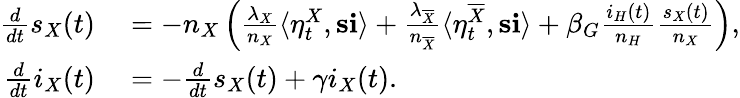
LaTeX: \begin{array}{rl}{\frac{d}{dt}s_{X}(t)}&{{}=-n_{X}\left(\frac{\lambda_{X}}{n_{X}}\langle\eta_{t}^{X},\mathbf{s}\mathbf{i}\rangle+\frac{\lambda_{\overline{{X}}}}{n_{\overline{{X}}}}\langle\eta_{t}^{\overline{{X}}},\mathbf{s}\mathbf{i}\rangle+\beta_{G}\frac{i_{H}(t)}{n_{H}}\frac{s_{X}(t)}{n_{X}}\right),}\\ {\frac{d}{dt}i_{X}(t)}&{{}=-\frac{d}{dt}s_{X}(t)+\gamma i_{X}(t).}\end{array}